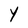
Character: Y